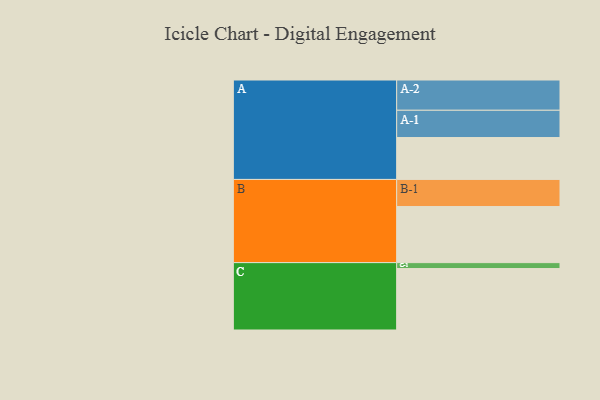
{"axis": {"x": "Segment", "y": "Value"}, "legend": ["", "A", "B", "C"], "data": [{"x": "A", "y": 392, "type": ""}, {"x": "B", "y": 525, "type": ""}, {"x": "C", "y": 575, "type": ""}, {"x": "A-1", "y": 255, "type": "A"}, {"x": "A-2", "y": 283, "type": "A"}, {"x": "B-1", "y": 253, "type": "B"}, {"x": "C-1", "y": 55, "type": "C"}]}